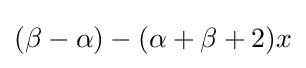
(\beta -\alpha )-(\alpha +\beta +2)x